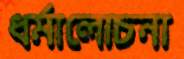
ধর্মালোচনা